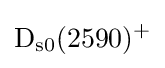
{\rm {D_{s0}(2590)^{+}}}